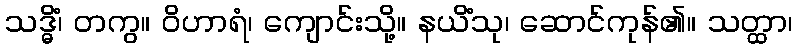
သဒ္ဓိံ၊ တကွ။ ဝိဟာရံ၊ ကျောင်းသို့။ နယိံသု၊ ဆောင်ကုန်၏။ သတ္ထာ၊